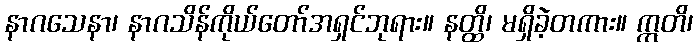
နာဂသေနာ၊ နာဂသိန်ကိုယ်တော်အရှင်ဘုရား။ နတ္ထိ၊ မရှိခဲ့တကား။ ဣတိ၊